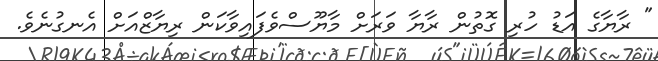
" ރާޔާގެ އަޑު ހުރި ގޮތުން ރާޔާ ވަރަށް މާޔޫސްވެފައިވާކަން ރިޔާޒްއަށް އެނގުނެވެ.